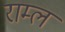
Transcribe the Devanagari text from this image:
राम्ल